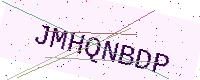
Text: JMHQNBDP